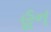
હૂન